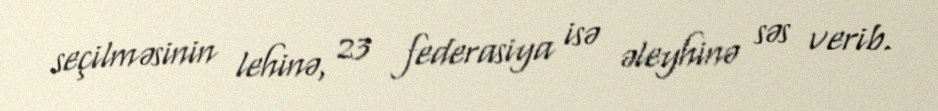
seçilməsinin lehinə, 23 federasiya isə əleyhinə səs verib.